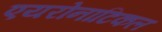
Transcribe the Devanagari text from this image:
एयरोनाटिकल